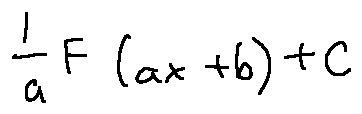
\frac { 1 } { a } F ( a x + b ) + C